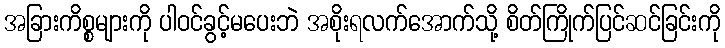
အခြားကိစ္စများကို ပါဝင်ခွင့်မပေးဘဲ အစိုးရလက်အောက်သို့ စိတ်ကြိုက်ပြင်ဆင်ခြင်းကို